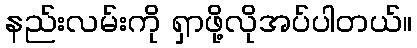
နည်းလမ်းကို ရှာဖို့လိုအပ်ပါတယ်။